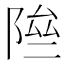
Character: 𨹶